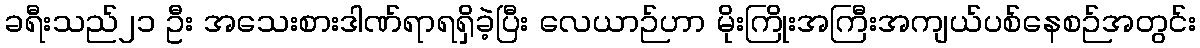
ခရီးသည်၂၁ ဦး အသေးစားဒါဏ်ရာရရှိခဲ့ပြီး လေယာဉ်ဟာ မိုးကြိုးအကြီးအကျယ်ပစ်နေစဉ်အတွင်း